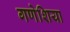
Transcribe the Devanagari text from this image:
गणेशिया